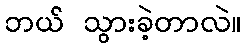
ဘယ် သွားခဲ့တာလဲ။